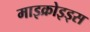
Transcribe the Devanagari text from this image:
माइक्रोइड्स